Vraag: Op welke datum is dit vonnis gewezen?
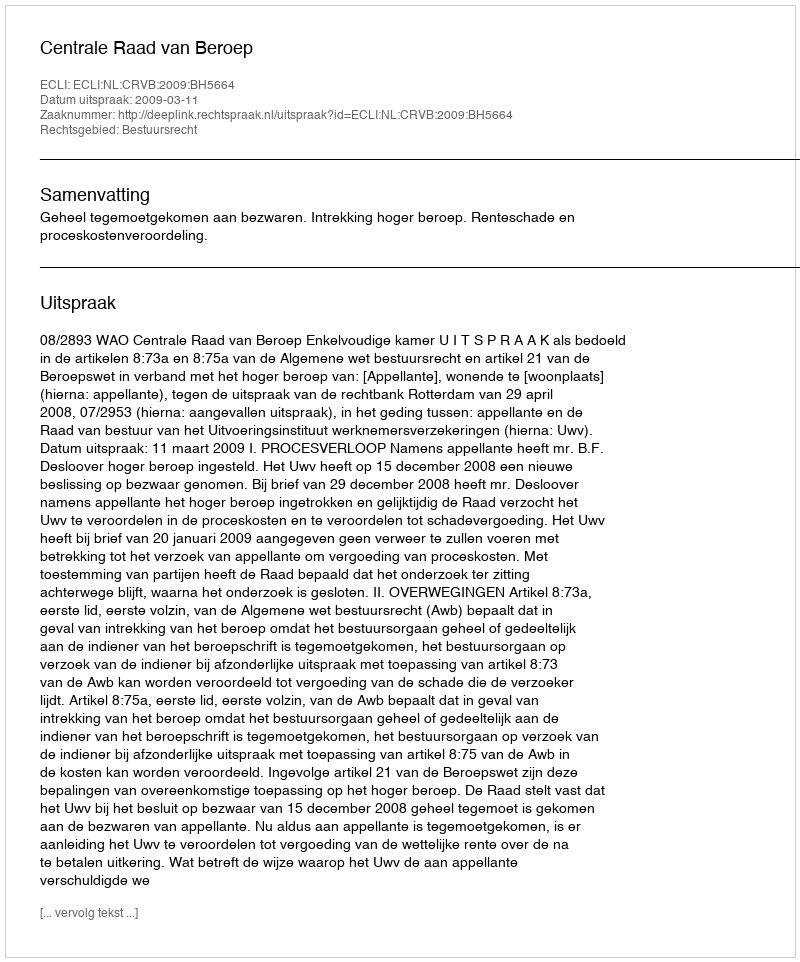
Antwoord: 2009-03-11